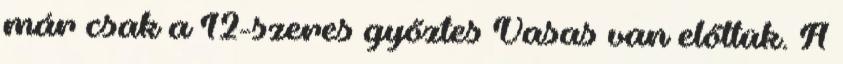
már csak a 12-szeres győztes Vasas van előttük. A